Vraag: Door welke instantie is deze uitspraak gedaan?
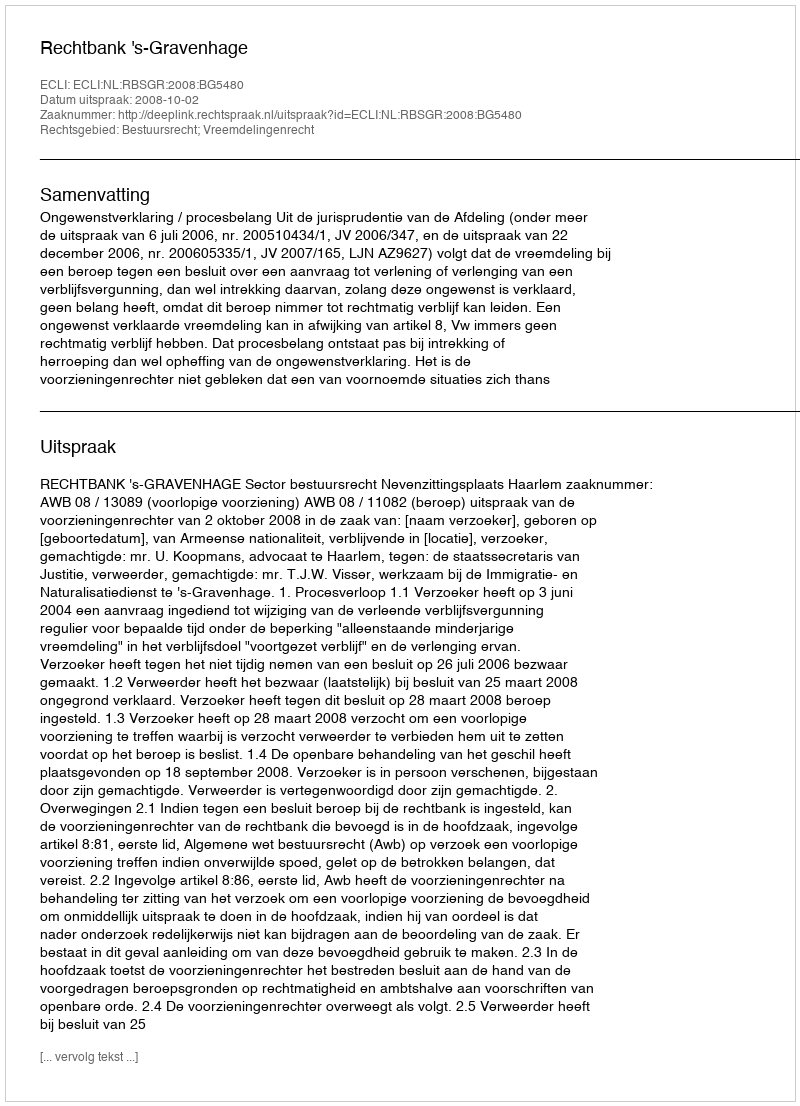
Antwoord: Rechtbank 's-Gravenhage